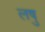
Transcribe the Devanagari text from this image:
लषु